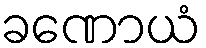
ခဏောယံ